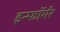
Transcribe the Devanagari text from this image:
इन्फॉर्मर